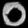
Digit: ၀